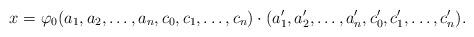
LaTeX: \begin{align*}x=\varphi_{0}(a_{1},a_{2},\ldots,a_{n},c_{0},c_{1},\ldots,c_{n})\cdot(a'_{1},a'_{2},\ldots,a'_{n},c'_{0},c'_{1},\ldots,c'_{n}).\end{align*}